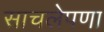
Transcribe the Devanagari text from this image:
साचलेपणा